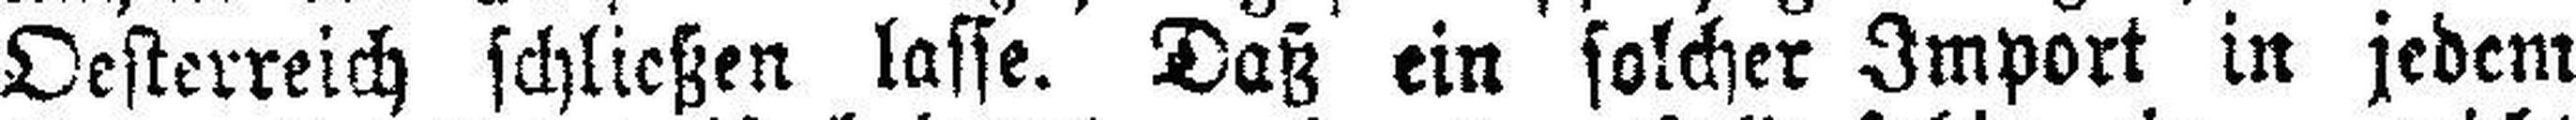
Oesterreich schließen lasse. Daß ein solcher Import in jedem